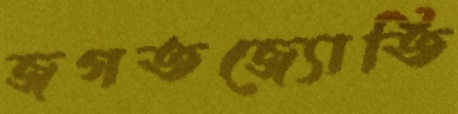
জগতজ্যোতি